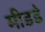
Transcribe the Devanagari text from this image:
मीडडे